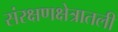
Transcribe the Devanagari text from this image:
संरक्षणक्षेत्रातली